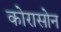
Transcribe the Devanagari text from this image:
कोरासोन